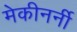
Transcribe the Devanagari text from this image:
मेकीनर्नी